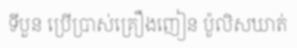
ទីបួន ប្រើប្រាស់គ្រឿងញៀន ប៉ូលិសឃាត់